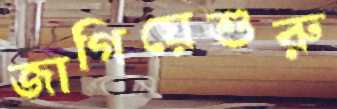
জাগিয়েশুরু